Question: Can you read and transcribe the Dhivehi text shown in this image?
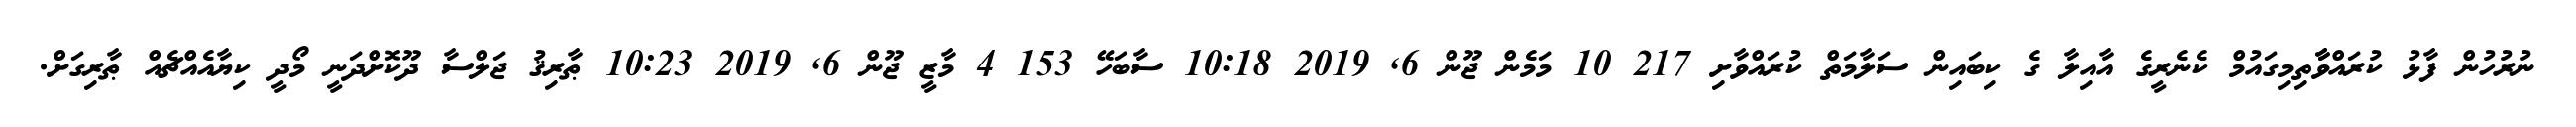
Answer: ނުރުހުން ފާޅު ކުރައްވާާތިމިގައުމް ކެނެރީގެ އާއިލާ ގެ ކިބައިން ސަލާމަތް ކުރައްވާށި 217 10 މަމެން ޖޫން 6, 2019 10:18 ސާބަހޭ 153 4 މާޒީ ޖޫން 6, 2019 10:23 ޠާރިޤު ޖަލްސާ ދޫކޮށްދަނީ މޯދީ ކިޔާއެއްޗެއް ޠާރިގަށް.